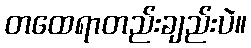
တထေရာတည်းချည်းပဲ။